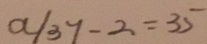
a / 3 7 - 2 = 3 5